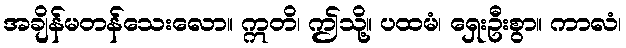
အချိန်မတန်သေးလော။ ဣတိ၊ ဤသို့။ ပထမံ၊ ရှေးဦးစွာ။ ကာလံ၊